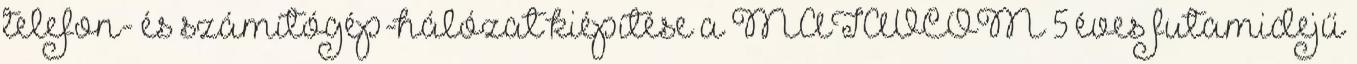
telefon- és számítógép-hálózat kiépítése a MATÁVCOM 5 éves futamidejű